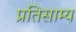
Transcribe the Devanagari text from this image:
प्रतिसाम्य